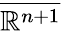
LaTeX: \overline{{\mathbb{R}^{n+1}}}